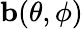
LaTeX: \textbf{b}(\theta,\phi)